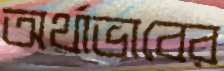
অর্থাভাবের